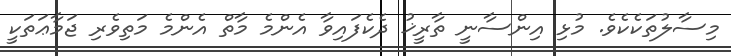
މިސާލުތަކެކެވެ. މުޅި އިންސާނީ ތާރީޚު ދެކެފައިވާ އެންމެ މާތް އެންމެ މަތިވެރި ޖަމާޢަތަކީ